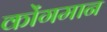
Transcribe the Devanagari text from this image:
कोंगमान